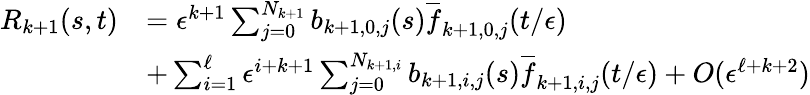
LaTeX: \begin{array}{rl}{R_{k+1}(s,t)}&{=\epsilon^{k+1}\sum_{j=0}^{N_{k+1}}b_{k+1,0,j}(s)\overline{{f}}_{k+1,0,j}(t/\epsilon)}\\ &{+\sum_{i=1}^{\ell}\epsilon^{i+k+1}\sum_{j=0}^{N_{k+1,i}}b_{k+1,i,j}(s)\overline{{f}}_{k+1,i,j}(t/\epsilon)+O(\epsilon^{\ell+k+2})}\end{array}